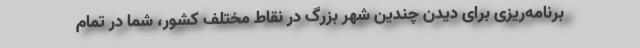
برنامه‌ریزی برای دیدن چندین شهر بزرگ در نقاط مختلف کشور، شما در تمام